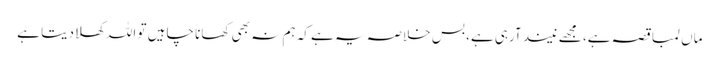
ماں لمبا قصہ ہے، مجھے نیند آرہی ہے، بس خلاصہ یہ ہے کہ ہم نہ بھی کھانا چاہیں تو اللہ کھلادیتا ہے